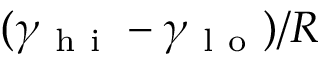
( \gamma _ { \mathrm { ~ h ~ i ~ } } - \gamma _ { \mathrm { ~ l ~ o ~ } } ) / R